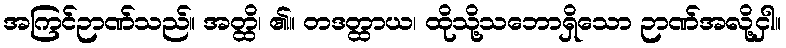
အကြင်ဉာဏ်သည်။ အတ္ထိ၊ ၏။ တဒတ္ထာယ၊ ထိုသို့သဘောရှိသော ဉာဏ်အလို့ငှါ။